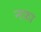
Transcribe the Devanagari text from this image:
नफ़ा